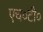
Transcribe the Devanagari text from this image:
एच०टी०